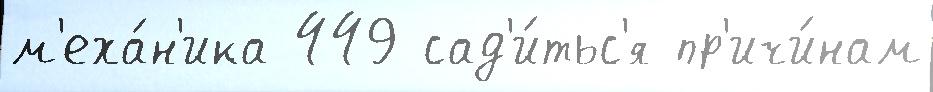
м'еха́н'ика 449 сад'и́тьс'я пр'ичи́нам